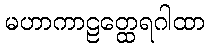
မဟာကာဠတ္ထေရဂါထာ